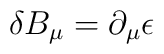
\delta B_\mu = \partial_\mu \epsilon